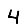
Digit: 4